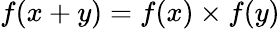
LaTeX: f(x+y)=f(x)\times f(y)